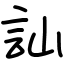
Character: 訕